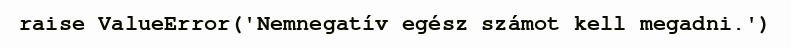
raise ValueError('Nemnegatív egész számot kell megadni.')